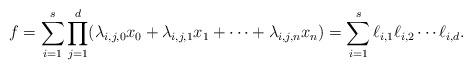
LaTeX: \begin{align*} f = \sum_{i=1}^s \prod_{j=1}^d (\lambda_{i,j,0} x_0 + \lambda_{i,j,1} x_1 + \cdots + \lambda_{i,j,n} x_n) = \sum_{i=1}^s \ell_{i,1} \ell_{i,2} \cdots \ell_{i,d}.\end{align*}